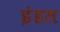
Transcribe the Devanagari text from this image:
इंडल